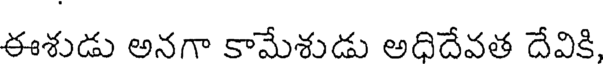
ఈశుడు అనగా కామేశుడు అధిదేవత దేవికి